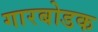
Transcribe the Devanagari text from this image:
गारबोडक